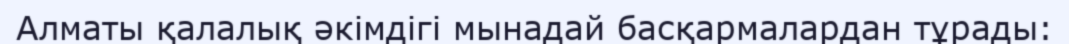
Алматы қалалық әкімдігі мынадай басқармалардан тұрады: